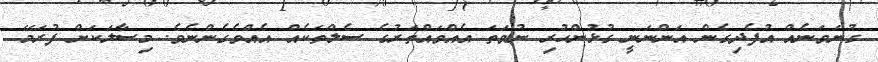
ގުނަވަނެއް އުފެދިގެން އަންނަނީ ގުޅުންހުރި ނުވަތަ އެއްވައްތަރުގެ ސެލްތަކެއް އެއްވެގެންނެވެ. މިސާލަކަށް ފުރަމޭ